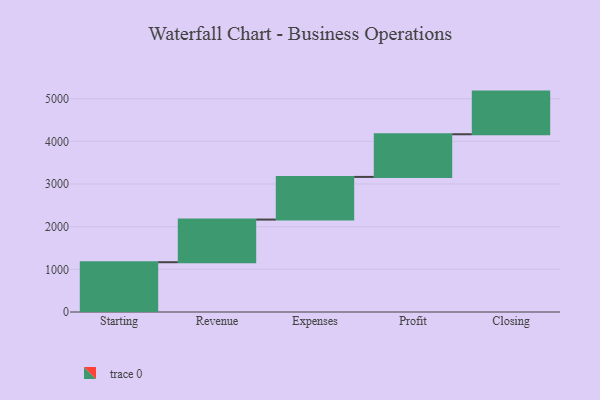
{"axis": {"x": "Step", "y": "Value"}, "legend": [""], "data": [{"x": "Starting", "y": 1167.0, "type": ""}, {"x": "Revenue", "y": 1000, "type": ""}, {"x": "Expenses", "y": 1000, "type": ""}, {"x": "Profit", "y": 1000, "type": ""}, {"x": "Closing", "y": 1000, "type": ""}]}